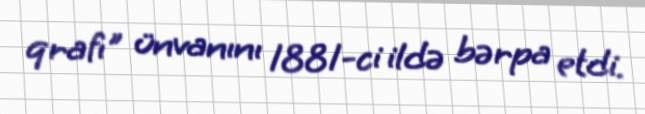
qrafı" ünvanını 1881-ci ildə bərpa etdi.